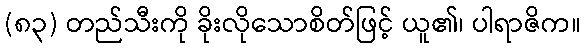
(၈၃) တည်သီးကို ခိုးလိုသောစိတ်ဖြင့် ယူ၏၊ ပါရာဇိက။